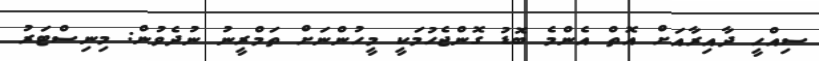
ސިއްހީ ދާއިރާއަށް އޮތް އެންމެ ބޮޑު ގޮންޖެހުމަކީ މީހުންނަށް ތަމްރީނު ނުދެވުން: މިނިސްޓަރު